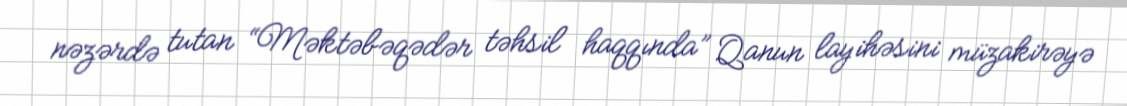
nəzərdə tutan “Məktəbəqədər təhsil haqqında” Qanun layihəsini müzakirəyə